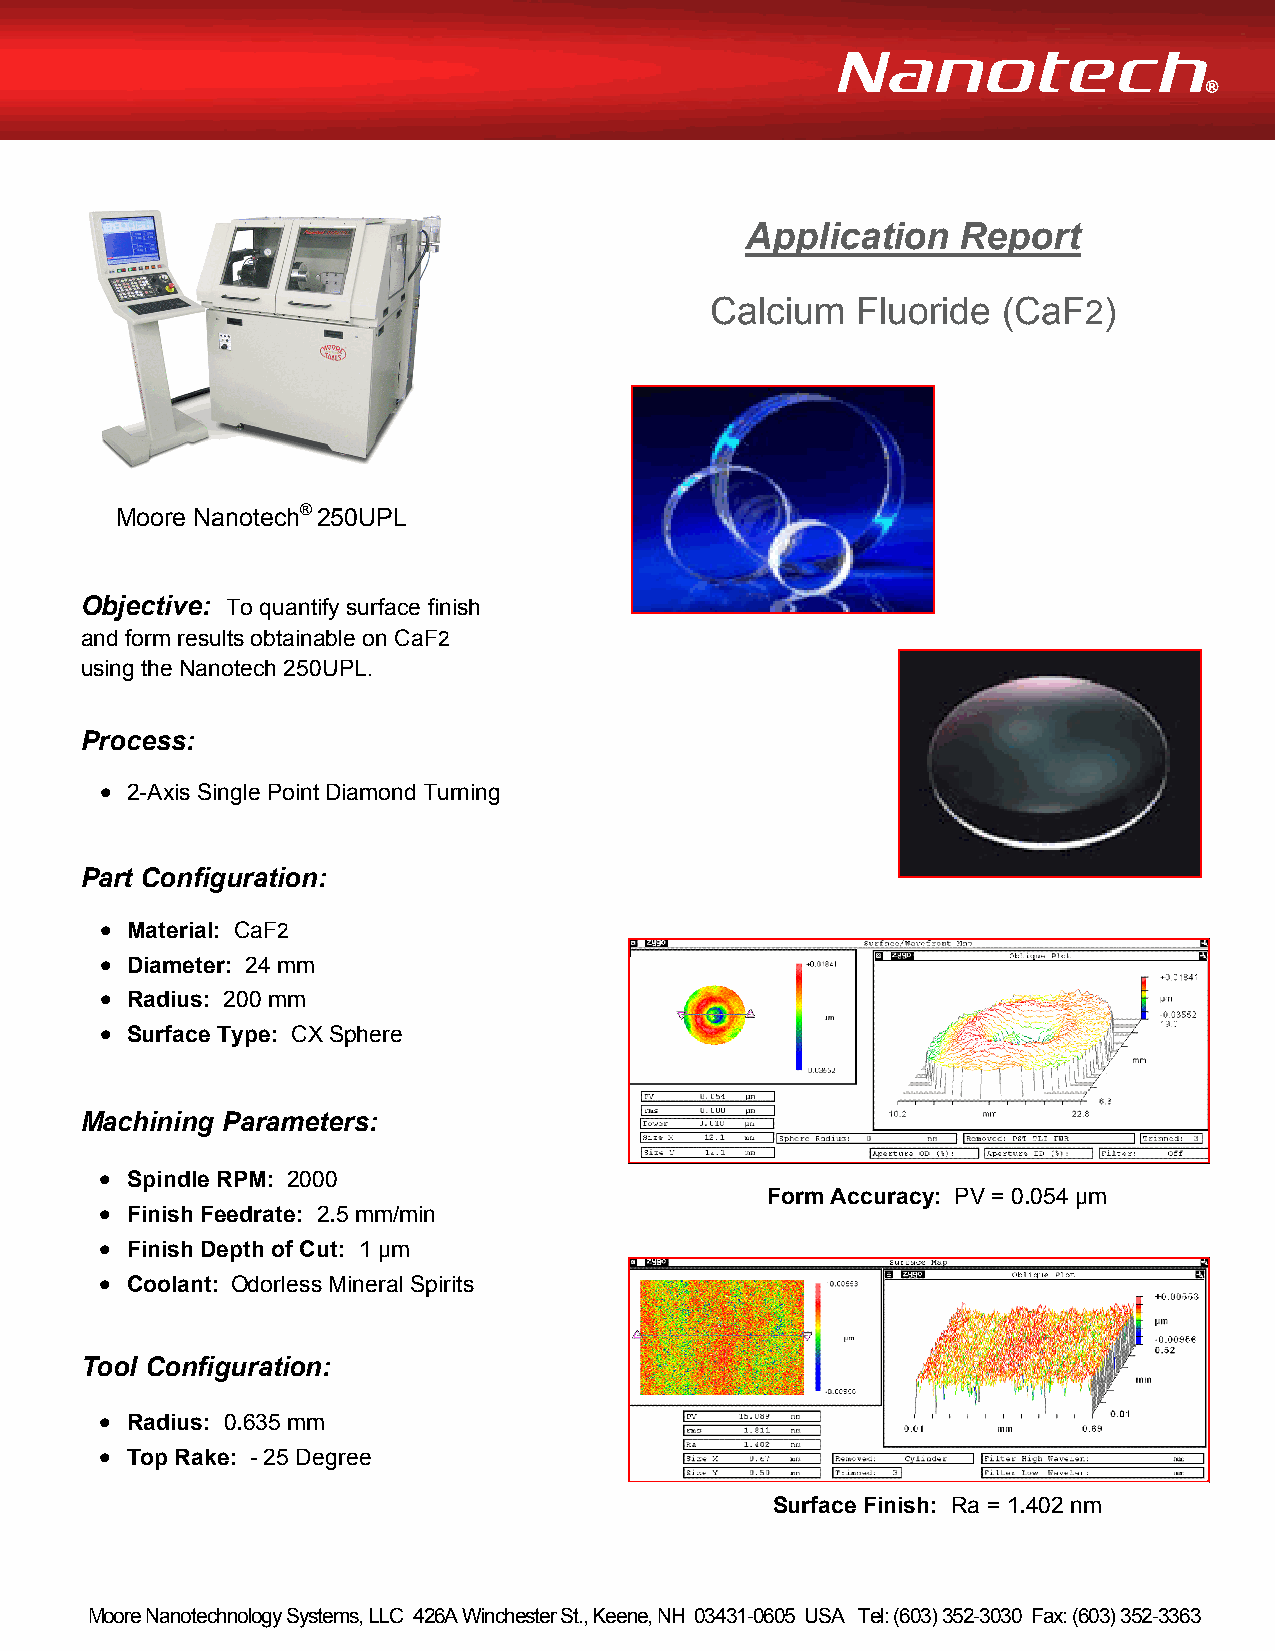
Application    Report
 Calcium   Fluoride (CaF2)
 Moore Nanotech® 250UPL
 Objective: To quantify surface finish
 and form results obtainable on CaF2
 using the Nanotech 250UPL.
 Process:
 • 2-Axis Single Point Diamond Turning
 Part Configuration:
 • Material: CaF2
 • Diameter: 24 mm
 • Radius: 200 mm
 • Surface Type: CX Sphere
 Machining Parameters:
 • Spindle RPM: 2000
 Form Accuracy: PV = 0.054 µm
 • Finish Feedrate: 2.5 mm/min
 • Finish Depth of Cut: 1 µm
 • Coolant: Odorless Mineral Spirits
 Tool Configuration:
 • Radius: 0.635 mm
 • Top Rake: - 25 Degree
 Surface Finish: Ra = 1.402 nm
 Moore Nanotechnology Systems, LLC 426A Winchester St., Keene, NH 03431-0605 USA Tel: (603) 352-3030 Fax: (603) 352-3363